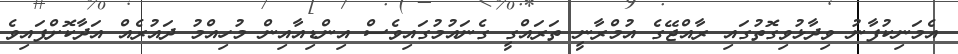
އެމަނިކުފާނު ވިދާޅުވިގޮތުގައި ރާއްޖޭގެ އުމްރާނީ ތަރައްގީ ގެނައުމުގައިވެސް އިންޑިއާއިން މުހިއްމު ދައުރެއް އަދާކޮށްފައިވެ